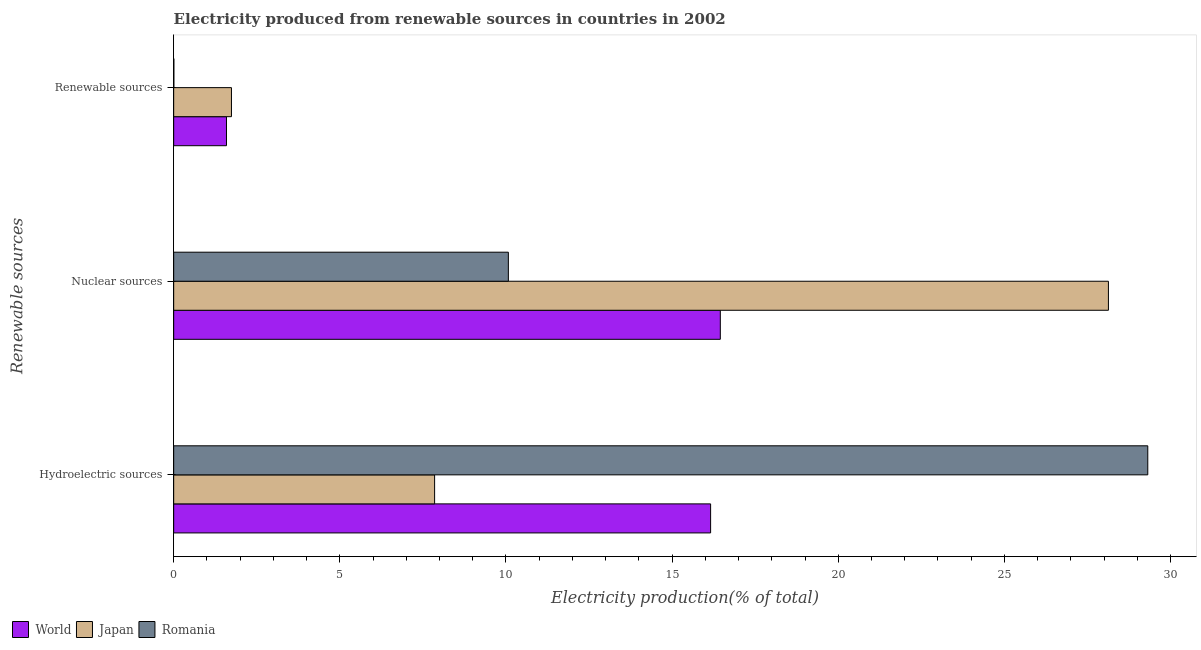
| Renewable sources | World | Japan | Romania |
 | --- | --- | --- | --- |
 | Hydroelectric sources | 16.2 | 7.85 | 29.3 |
 | Nuclear sources | 16.5 | 28.1 | 10.1 |
 | Renewable sources | 1.59 | 1.74 | 0.00548 |